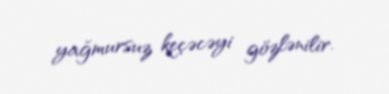
yağmursuz keçəcəyi gözlənilir.